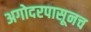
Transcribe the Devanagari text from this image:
अगोदरपासूनच